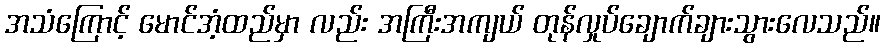
အသံကြောင့် မောင်အံ့ထည်မှာ လည်း အကြီးအကျယ် တုန်လှုပ်ချောက်ချားသွားလေသည်။